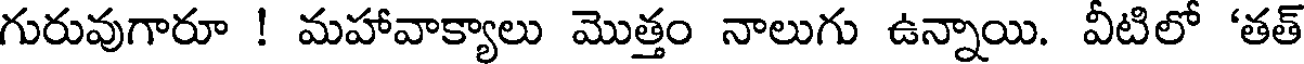
గురువుగారూ ! మహావాక్యాలు మొత్తం నాలుగు ఉన్నాయి. వీటిలో 'తత్